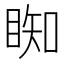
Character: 𥇭